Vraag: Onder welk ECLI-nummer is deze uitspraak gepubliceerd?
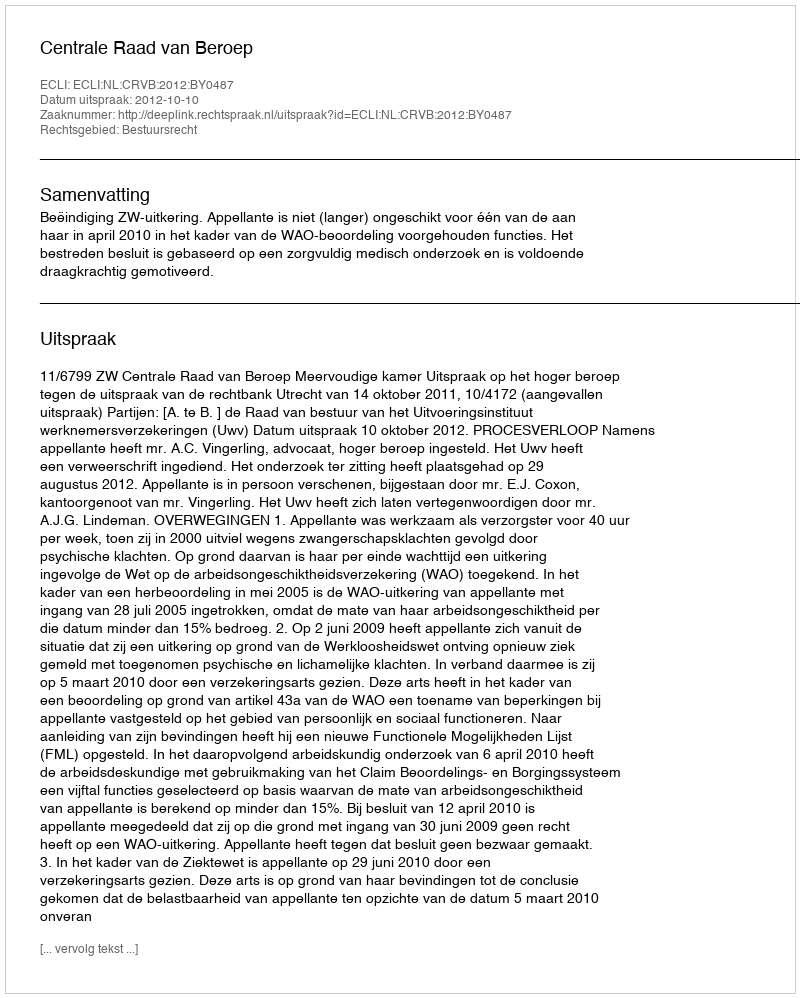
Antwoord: ECLI:NL:CRVB:2012:BY0487